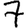
Digit: 7